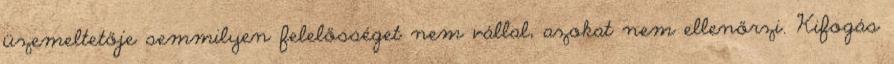
üzemeltetője semmilyen felelősséget nem vállal, azokat nem ellenőrzi. Kifogás